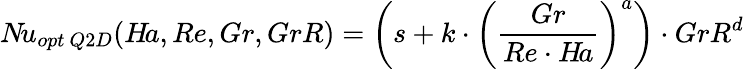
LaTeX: N\! u_{opt\ Q2D}(H\! a,Re,Gr,GrR)=\left(s+k\cdot\left(\frac{Gr}{Re\cdot H\! a}\right)^{a}\right)\cdot GrR^{d}